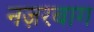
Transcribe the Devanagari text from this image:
नज़रबाग